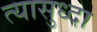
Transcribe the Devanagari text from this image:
त्यासुध्दा